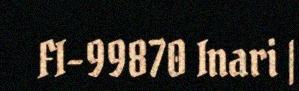
FI-99870 Inari |